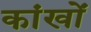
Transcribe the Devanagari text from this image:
कांखों